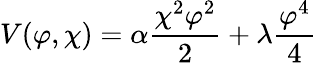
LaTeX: V(\varphi,\chi)=\alpha\frac{\chi^{2}\varphi^{2}}{2}+\lambda\frac{\varphi^{4}}{4}